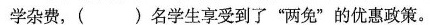
()名学生享受到了”两免”的优惠政策。